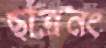
ছাত্রনং